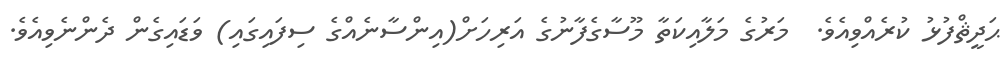
ޙަދީޘްފުޅު ކުރެއްވިއެވެ.  މަރުގެ މަލާއިކަތާ މޫސާގެފާނުގެ އަރިހަށް(އިންސާނެއްގެ ސިފައިގައި) ވަޑައިގެން ދެންނެވިއެވެ.